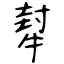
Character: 犎